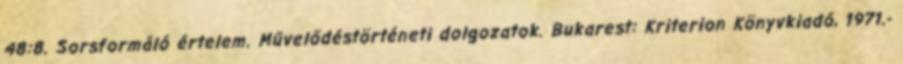
48:8. Sorsformáló értelem. Művelődéstörténeti dolgozatok. Bukarest: Kriterion Könyvkiadó, 1971.-